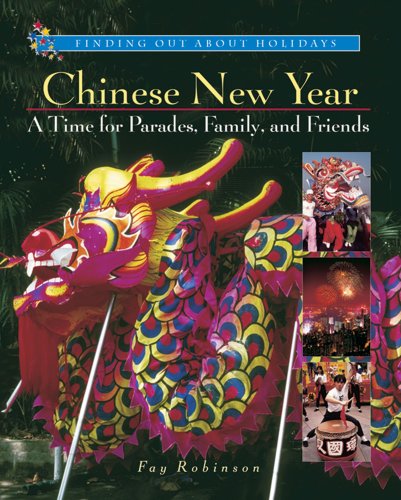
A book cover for Chinese New Year: A Time for Parades, Family, and Friends (Finding Out about Holidays); Fay Robinson; Children's Books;